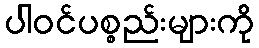
ပါဝင်ပစ္စည်းများကို